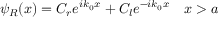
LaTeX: \psi _ { R } ( x ) = C _ { r } e ^ { i k _ { 0 } x } + C _ { l } e ^ { - i k _ { 0 } x } \quad x > a